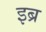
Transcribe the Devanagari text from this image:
इब्र